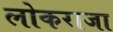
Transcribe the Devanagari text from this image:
लोकराजा